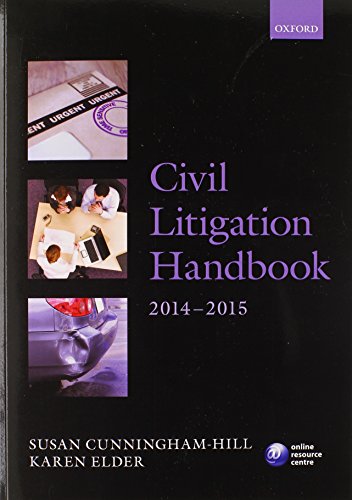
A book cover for Civil Litigation Handbook 2014-15 (Blackstone Legal Practice Course Guide); Susan Cunningham-Hill; Law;